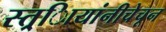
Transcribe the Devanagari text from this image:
स्त्र्िायांनीचेचून